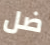
ضل